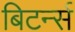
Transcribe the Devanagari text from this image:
बिटर्न्‍स